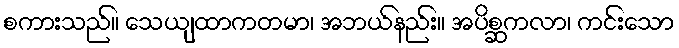
စကားသည်။ သေယျထာကတမာ၊ အဘယ်နည်း။ အပိစ္ဆကလာ၊ ကင်းသော